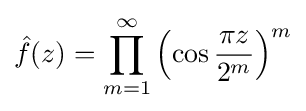
{\hat {f}}(z)=\prod _{m=1}^{\infty }\left(\cos {\frac {\pi z}{2^{m}}}\right)^{m}